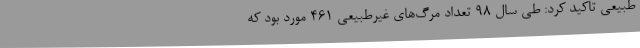
طبیعی تاکید کرد: طی سال 98 تعداد مرگ‌های غیرطبیعی 461 مورد بود که